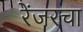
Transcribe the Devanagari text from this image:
रेंजरचा